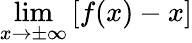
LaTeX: \operatorname*{lim}_{x\to\pm\infty}\left[f(x)-x\right]